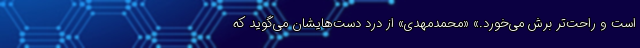
است و راحت‌تر برش می‌خورد.» «محمدمهدی» از درد دست‌هایشان می‌گوید که